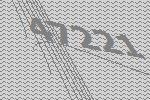
47221